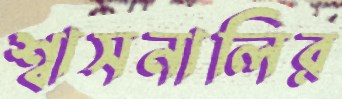
শ্বাসনালির